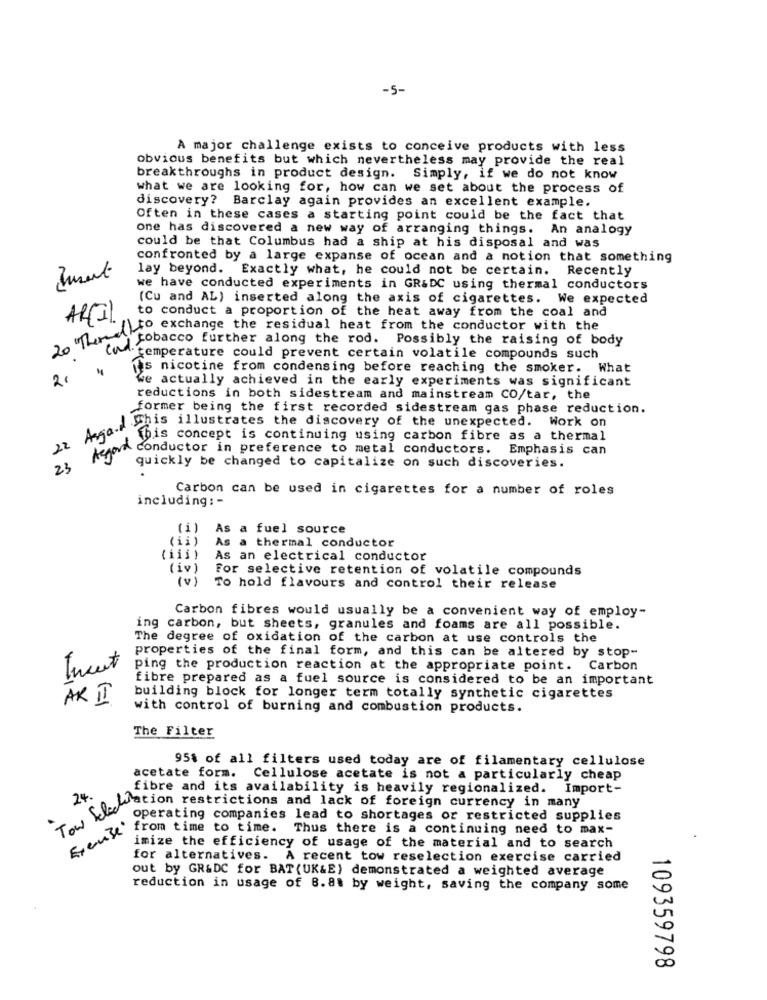
-5-
A major challenge exists to conceive products with less
obvious benefits but which nevertheless may provide the real
breakthroughs in product design. Simply, if we do not know
what we are looking for, how can we set about the process of
discovery? Barclay again provides an excellent example.
Often in these cases a starting point could be the fact that
one has discovered a new way of arranging things. An analogy
could be that Columbus had a ship at his disposal and was
confronted by a large expanse of ocean and a notion that something
lay beyond. Exactly what, he could not be certain. Recently
we have conducted experiments in GR&DC using thermal conductors
(Cu and AL) inserted along the axis of cigarettes. We expected
to conduct a proportion of the heat away from the coal and
ARI)
,ThemeProbamchange the residual heat from the conductor with the
tobacco further along the rod. Possibly the raising of body
"temperature could prevent certain volatile compounds such
fas nicotine from condensing before reaching the smoker. What
we actually achieved in the early experiments was significant
reductions in both sidestream and mainstream CO/tar, the
former being the first recorded sidestream gas phase reduction.
Logo.dopis Illustrates the discovery of the unexpected. Work on
Asgood
this concept is continuing using carbon fibre as a thermal
22
conductor in preference to metal conductors. Emphasis can
23
quickly be changed to capitalize on such discoveries.
Carbon can be used in cigarettes for a number of roles
including: -
(i )
As a fuel source
(ii)
As a thermal conductor
(iii )
As an electrical conductor
(iv)
For selective retention of volatile compounds
(v) To hold flavours and control their release
Carbon fibres would usually be a convenient way of employ-
ing carbon, but sheets, granules and foams are all possible.
The degree of oxidation of the carbon at use controls the
properties of the final form, and this can be altered by stop-
Tweet
ping the production reaction at the appropriate point. Carbon
fibre prepared as a fuel source is considered to be an important
AK I
building block for longer term totally synthetic cigarettes
with control of burning and combustion products.
The Filter
95% of all filters used today are of filamentary cellulose
acetate form. Cellulose acetate is not a particularly cheap
24
fibre and its availability is heavily regionalized. Import-
bekommen restrictions and lack of foreign currency in many
operating companies lead to shortages or restricted supplies
justin time to time. Thus there is a continuing need to max-
imize the efficiency of usage of the material and to search
for alternatives. A recent tow reselection exercise carried
out by GR&DC for BAT (UK&E) demonstrated a weighted average
reduction in usage of 8.8. by weight, saving the company some
109359798